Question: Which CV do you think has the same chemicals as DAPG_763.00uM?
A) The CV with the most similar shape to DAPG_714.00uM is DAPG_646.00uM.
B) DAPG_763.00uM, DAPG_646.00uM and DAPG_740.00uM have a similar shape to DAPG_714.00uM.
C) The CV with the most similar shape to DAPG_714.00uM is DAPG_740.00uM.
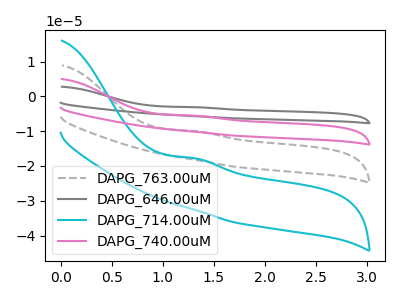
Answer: <think>The gray dashed curve "DAPG_763.00uM" has an anodic peak at: (1.30V, -9.95uA). The gray curve "DAPG_646.00uM" has an anodic peak at: (1.30V, -29.80uA). The cyan curve "DAPG_714.00uM" has an anodic peak at: (1.30V, -17.80uA). The pink curve "DAPG_740.00uM" has an anodic peak at: (1.30V, -19.85uA).
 All the peaks in "DAPG_763.00uM" have a peak in "DAPG_646.00uM" at the same potential. Every peak in "DAPG_763.00uM" is higher than every peak in "DAPG_646.00uM". All the peaks in "DAPG_763.00uM" have a peak in "DAPG_714.00uM" at the same potential. Every peak in "DAPG_763.00uM" is higher than every peak in "DAPG_714.00uM". All the peaks in "DAPG_763.00uM" have a peak in "DAPG_740.00uM" at the same potential. Every peak in "DAPG_763.00uM" is higher than every peak in "DAPG_740.00uM". All the peaks in "DAPG_646.00uM" have a peak in "DAPG_714.00uM" at the same potential. Every peak in "DAPG_646.00uM" is lower than every peak in "DAPG_714.00uM". All the peaks in "DAPG_646.00uM" have a peak in "DAPG_740.00uM" at the same potential. Every peak in "DAPG_646.00uM" is lower than every peak in "DAPG_740.00uM". All the peaks in "DAPG_714.00uM" have a peak in "DAPG_740.00uM" at the same potential. Every peak in "DAPG_714.00uM" is higher than every peak in "DAPG_740.00uM".</think>
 <answer>B) "DAPG_763.00uM", "DAPG_646.00uM" and "DAPG_740.00uM" have a similar shape to "DAPG_714.00uM".</answer>
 <eval>B</eval>